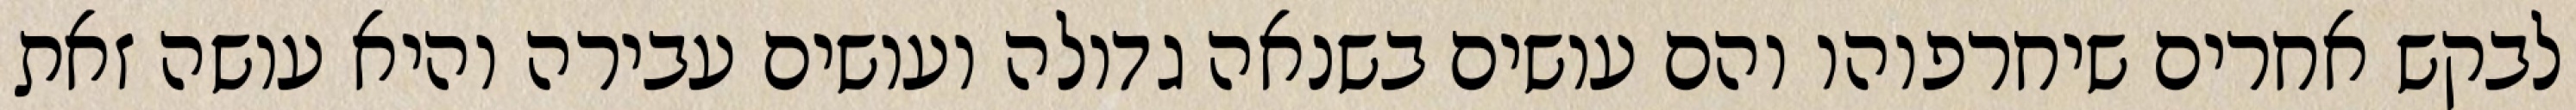
לבקש אחרים שיחרפוהו והם עושים בשנאה גדולה ועושים עבירה והיא עושה זאת